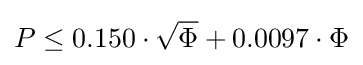
P\leq 0.150\cdot {\sqrt {\Phi }}+0.0097\cdot \Phi